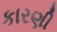
કારણી